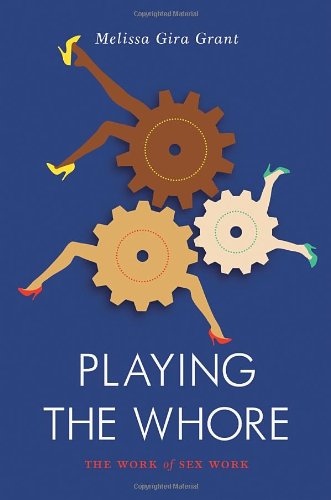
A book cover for Playing the Whore: The Work of Sex Work (Jacobin); Melissa Gira Grant; Business & Money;